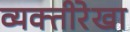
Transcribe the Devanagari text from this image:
व्यक्तीरेखा